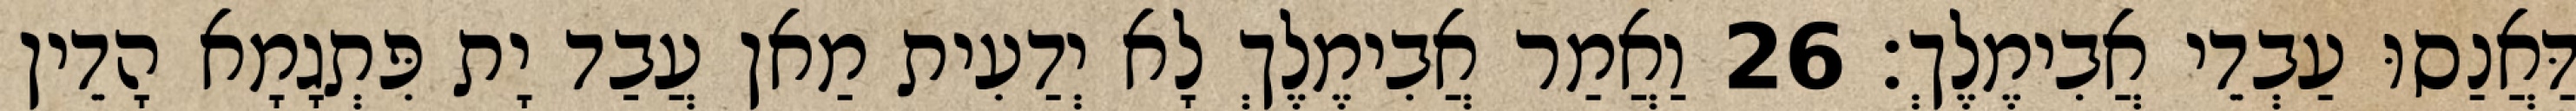
דַּאֲנַסוּ עַבְדֵי אֲבִימֶלֶךְ׃ 26 וַאֲמַר אֲבִימֶלֶךְ לָא יְדַעִית מַאן עֲבַד יָת פִּתְגָמָא הָדֵין